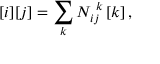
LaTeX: \, [ i ] [ j ] = \sum _ { k } { \cal N } _ { i j } ^ { \, \, k } \, [ k ] \, ,